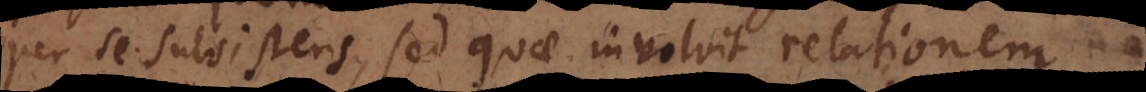
per se subsistens, sed quae involvit relationem